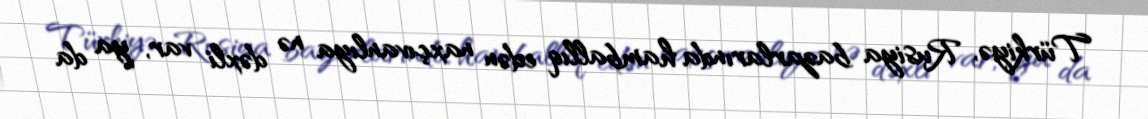
Türkiyə, Rusiya bazarlarında hamballıq edən naxçıvanlıya nə dəxli var, ya da